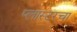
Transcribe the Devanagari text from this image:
प्लास्टरचा